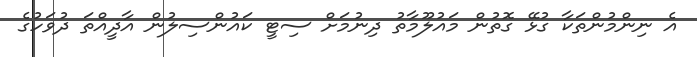
އެ ނިންމުންތަކާ ގުޅޭ ގޮތުން މައުލޫމާތު ދިނުމަށް ސިޓީ ކައުންސިލުން އާދީއްތަ ދުވަހުގެ